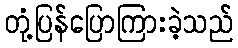
တုံ့ပြန်ပြောကြားခဲ့သည်